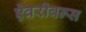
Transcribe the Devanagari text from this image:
ऐवरीवन्स